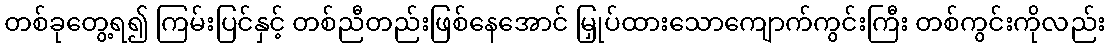
တစ်ခုတွေ့ရ၍ ကြမ်းပြင်နှင့် တစ်ညီတည်းဖြစ်နေအောင် မြှုပ်ထားသောကျောက်ကွင်းကြီး တစ်ကွင်းကိုလည်း